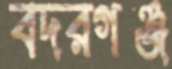
বদরগঞ্জ